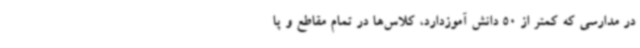
در مدارسی که کمتر از 50 دانش آموزدارد، کلاس‌ها در تمام مقاطع و پا